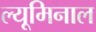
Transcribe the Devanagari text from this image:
ल्यूमिनाल